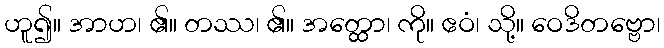
ဟူ၍။ အာဟ၊ ၏။ တဿ၊ ၏။ အတ္ထော၊ ကို။ ဧဝံ၊ သို့။ ဝေဒိတဗ္ဗော၊